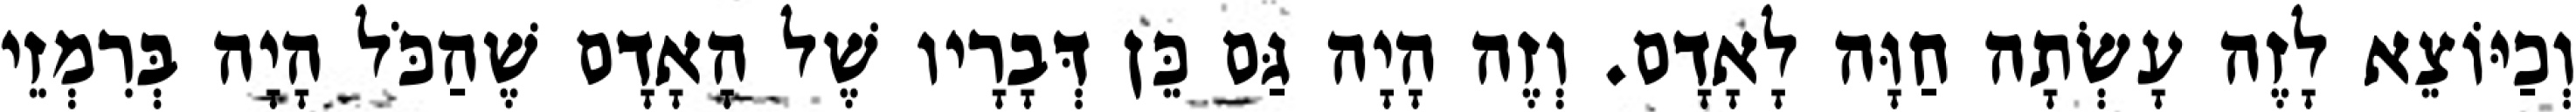
וְכַיּוֹצֵא לָזֶה עָשְׂתָה חַוָּה לָאָדָם. וְזֶה הָיָה גַּם כֵּן דְּבָרָיו שֶׁל הָאָדָם שֶׁהַכֹּל הָיָה בְּרִמְזֵי